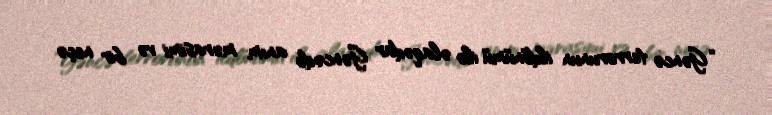
“Gəncə terrorunun ildönümü ilə əlaqədar Gəncədə anım mərasimi və bir neçə